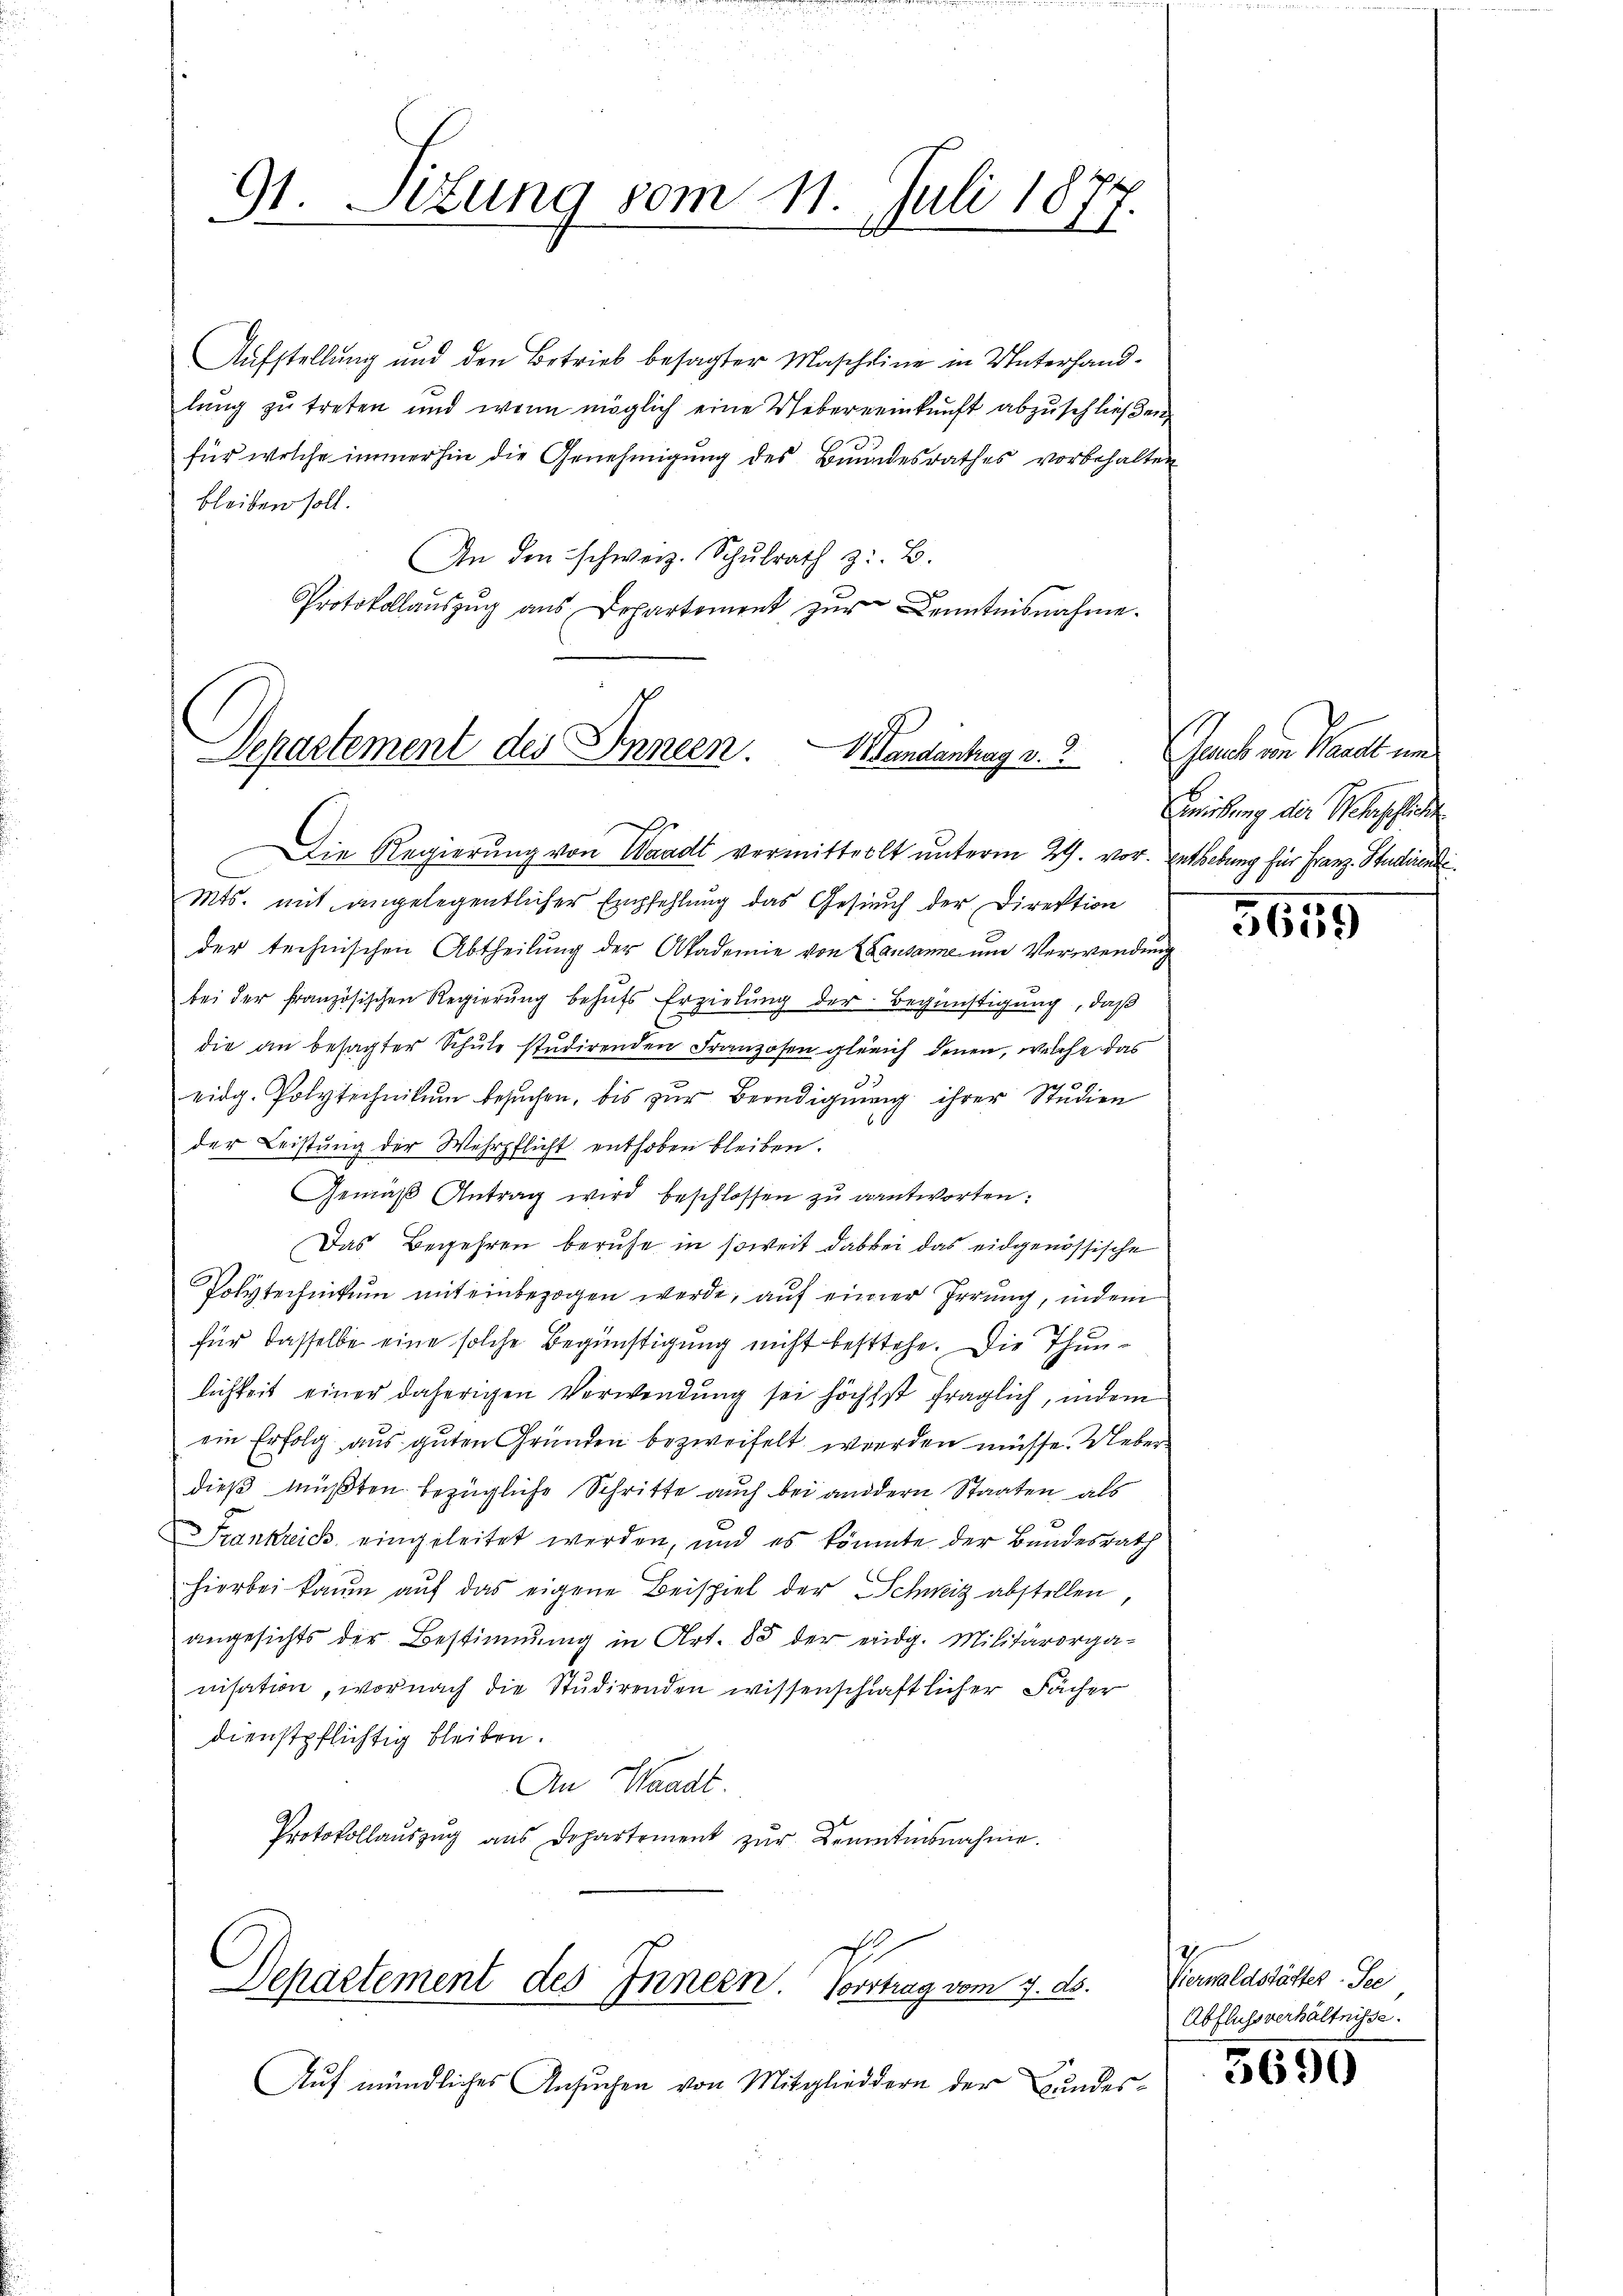
91. Sitzung vom 11. Juli 1877.

Aufstellung und den Betrieb besagter Mascheine in Unterhandlŭng zŭ treten und wenn möglich eine Uebereinkunft abzŭschlieβen
für welche immerhin die Genehmigung des Bundesrathes vorbehalten
bleiben soll.
An den schweiz. Schŭlrath z. B.
Protokollaŭszŭg aŭs Departement zŭr Kenntnisnahme.

Departement des Innern. Mandantrag v. 2

Departement des Innern. Vortrag vom 7. ds.

Auf mündliches Ansuchen von Mitgliedern der Bundes¬

Die Regierung von Waadt vermittellt unterm 29. vor. Enthebung für Franz. Studirend
Mts. mit angelegentlicher Empfehlung das Gesich der Direktion
der technischen Abtheilung der Akademie von Lausanne um Verwendung
bei der französischen Regierung behŭfs Erzielung der Begünstigung, daß
die an besagter Schule studirenden Franzosen gleich denen, welche das
eidg. Polytechnikum besuchen, bis zur Beendigung ihrer Studien
der Leistung der Wehrpflicht enthoben bleiben.
Gemäß Antrag wird beschlossen zu antworten:
Das Begehren beruhe in soweit dabei das eidgenössische
Polytechnikum mit einbezogen werde, auf einer Irrung, indem
für dasselbe eine solche Begünstigung nicht bestehe. Die Thunlichkeit einer daherigen Verwendung sei höchst fraglich, indem
ein Erfolg aus guten Gründen bezweifelt werden müsse. Ueberdieß müßten bezügliche Schritte auch bei andern Staaten als
Frankreich eingeleitet werden, und es könnte der Bundesrath
hierbei kaum auf das eigene Beispiel der Schweiz abstellen
angesichts der Bestimmung in Art. 85 der eidg. Militärorganisation, wornach die Studirenden wissenschaftlicher Fächer
dienstpflichtig bleiben.
An Waadt.
Protokollauszug aus Departement zŭr Kenntnisnahme.

Jauch von Waadt und
müßung der Weberschlicht

5655

Verwaldstättes See
Abflussverhältnisse.

3690